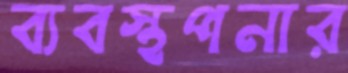
ব্যবস্থপনার